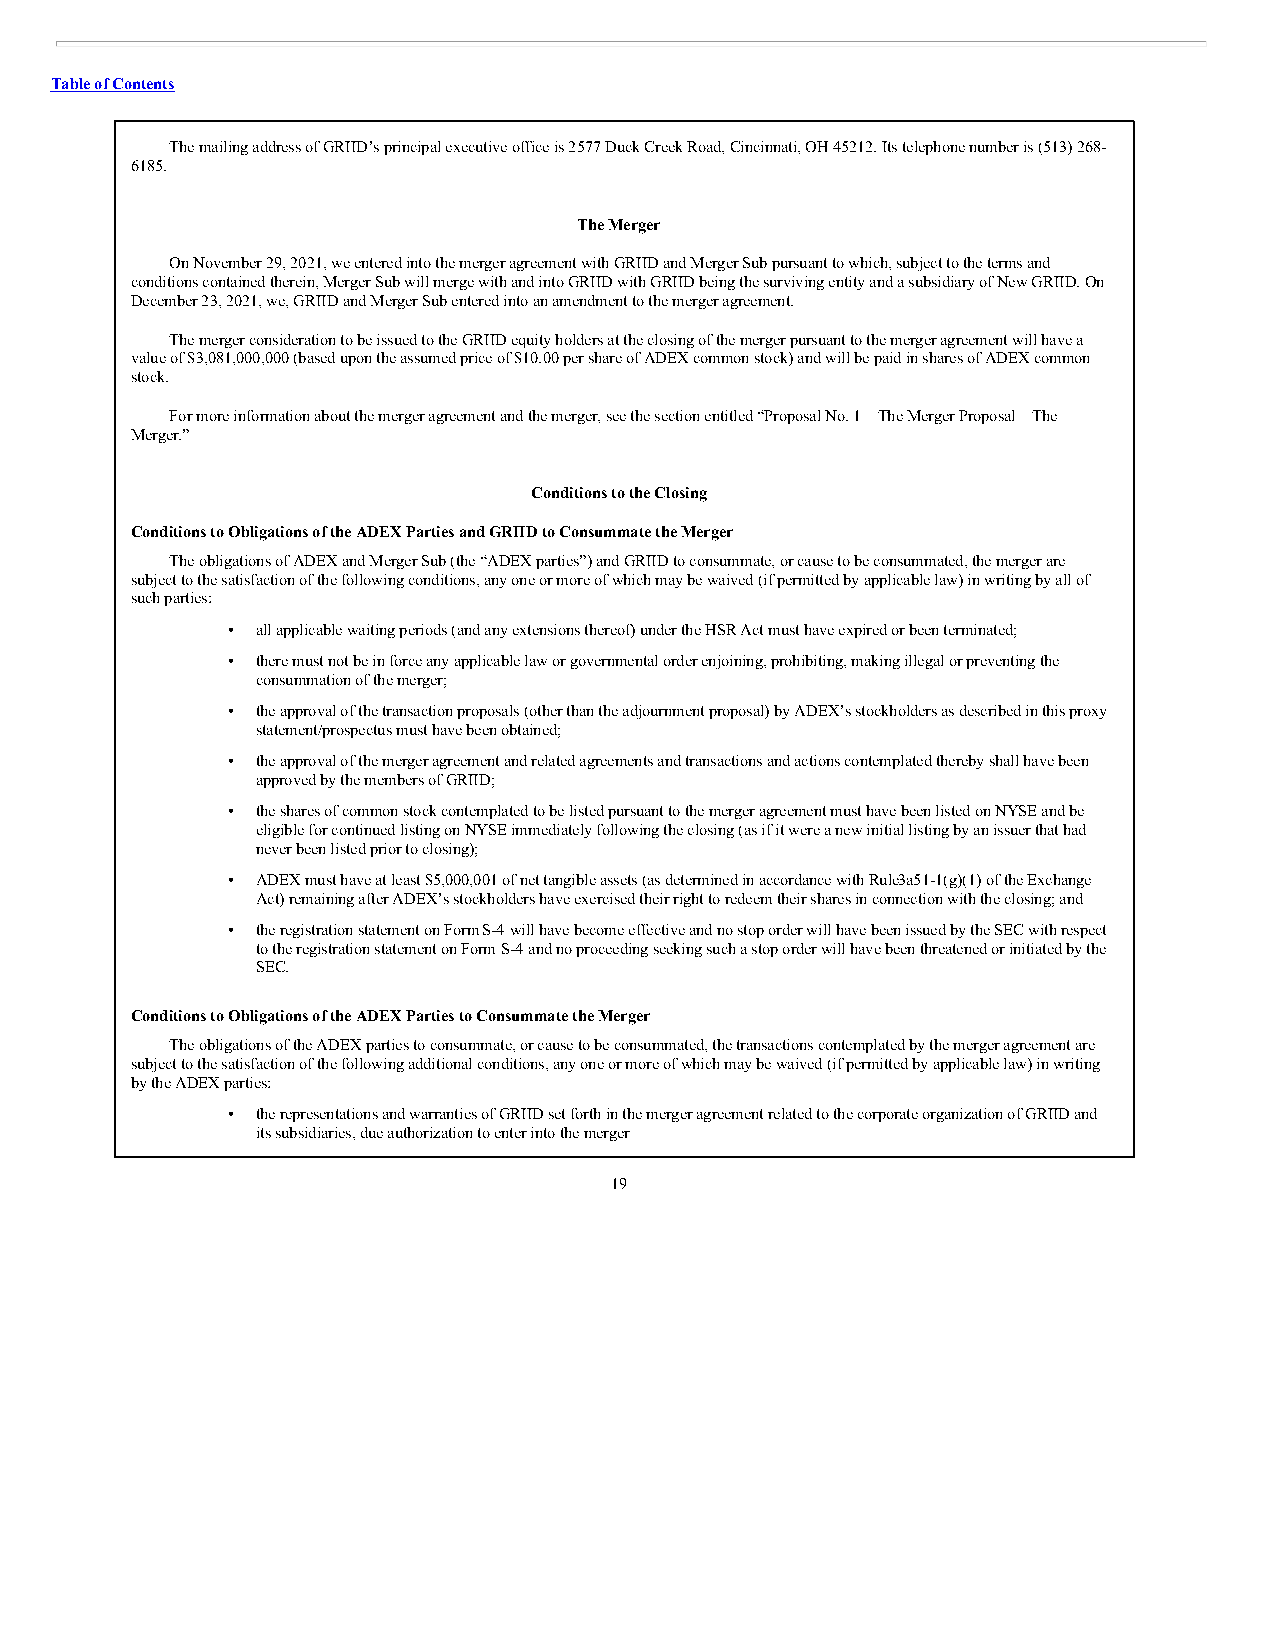
Table of Contents
 The mailing address of GRIID’s principal executive office is 2577 Duck Creek Road, Cincinnati, OH 45212. Its telephone number is (513) 268-
 6185.
 The Merger
 On November 29, 2021, we entered into the merger agreement with GRIID and Merger Sub pursuant to which, subject to the terms and
 conditions contained therein, Merger Sub will merge with and into GRIID with GRIID being the surviving entity and a subsidiary of New GRIID. On
 December 23, 2021, we, GRIID and Merger Sub entered into an amendment to the merger agreement.
 The merger consideration to be issued to the GRIID equity holders at the closing of the merger pursuant to the merger agreement will have a
 value of $3,081,000,000 (based upon the assumed price of $10.00 per share of ADEX common stock) and will be paid in shares of ADEX common
 stock.
 For more information about the merger agreement and the merger, see the section entitled “Proposal No. 1—The Merger Proposal—The
 Merger.”
 Conditions to the Closing
 Conditions to Obligations of the ADEX Parties and GRIID to Consummate the Merger
 The obligations of ADEX and Merger Sub (the “ADEX parties”) and GRIID to consummate, or cause to be consummated, the merger are
 subject to the satisfaction of the following conditions, any one or more of which may be waived (if permitted by applicable law) in writing by all of
 such parties:
 • all applicable waiting periods (and any extensions thereof) under the HSR Act must have expired or been terminated;
 • there must not be in force any applicable law or governmental order enjoining, prohibiting, making illegal or preventing the
 consummation of the merger;
 • the approval of the transaction proposals (other than the adjournment proposal) by ADEX’s stockholders as described in this proxy
 statement/prospectus must have been obtained;
 • the approval of the merger agreement and related agreements and transactions and actions contemplated thereby shall have been
 approved by the members of GRIID;
 • the shares of common stock contemplated to be listed pursuant to the merger agreement must have been listed on NYSE and be
 eligible for continued listing on NYSE immediately following the closing (as if it were a new initial listing by an issuer that had
 never been listed prior to closing);
 • ADEX must have at least $5,000,001 of net tangible assets (as determined in accordance with Rule3 a51-1(g)(1) of the Exchange
 Act) remaining after ADEX’s stockholders have exercised their right to redeem their shares in connection with the closing; and
 • the registration statement on Form S-4 will have become effective and no stop order will have been issued by the SEC with respect
 to the registration statement on Form S-4 and no proceeding seeking such a stop order will have been threatened or initiated by the
 SEC.
 Conditions to Obligations of the ADEX Parties to Consummate the Merger
 The obligations of the ADEX parties to consummate, or cause to be consummated, the transactions contemplated by the merger agreement are
 subject to the satisfaction of the following additional conditions, any one or more of which may be waived (if permitted by applicable law) in writing
 by the ADEX parties:
 • the representations and warranties of GRIID set forth in the merger agreement related to the corporate organization of GRIID and
 its subsidiaries, due authorization to enter into the merger
 19